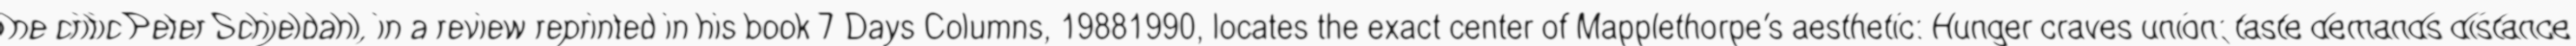
"The critic Peter Schjeldahl, in a review reprinted in his book 7 Days Columns, 19881990, locates the exact center of Mapplethorpe's aesthetic: Hunger craves union; taste demands distance."